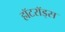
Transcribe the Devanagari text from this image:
हॉटरॉड्स